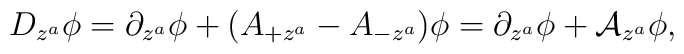
D_{z^a}\phi = \partial_{z^a}\phi+(A_{+z^a}-A_{-z^a})\phi= \partial_{z^a}\phi+\mathcal{A}_{z^a}\phi,